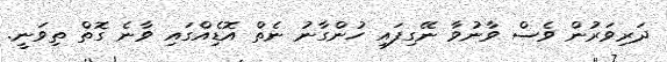
ދަރިވަރުން ވެސް ވާނުވާ ނޭގިފައި ހުންގާނު ނެތް އޮޑިެއްގައި ވާނެ ގޮތް ތިވަނީ.